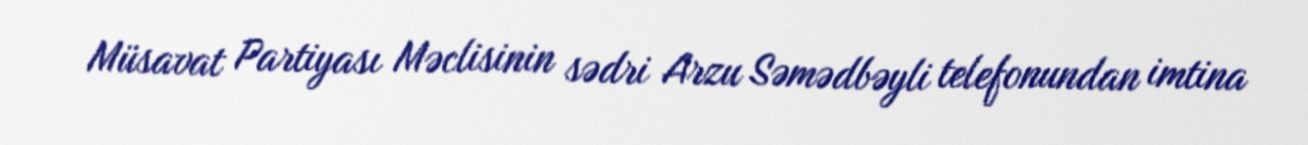
Müsavat Partiyası Məclisinin sədri Arzu Səmədbəyli telefonundan imtina